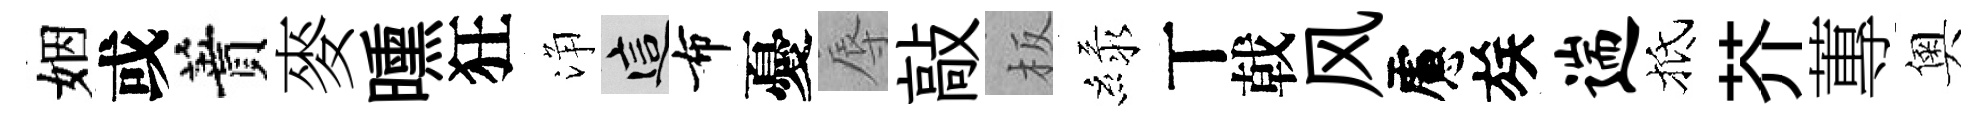
姻或蕡麥曛狂浄這布憂辱敲板緑丅戟风慮族遄抵芥蓴奧